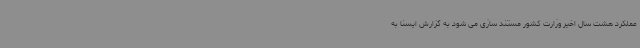
عملکرد هشت سال اخیر وزارت کشور مستند سازی می شود به گزارش ایسنا به